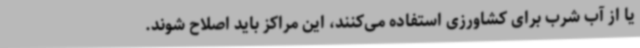
یا از آب شرب برای کشاورزی استفاده می‌کنند، این مراکز باید اصلاح شوند.